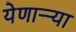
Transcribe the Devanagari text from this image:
येणाऱ्र्‍या